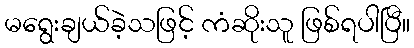
မရွေးချယ်ခဲ့သဖြင့် ကံဆိုးသူ ဖြစ်ရပါပြီ။